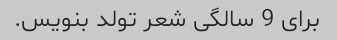
برای 9 سالگی شعر تولد بنویس.